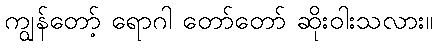
ကျွန်တော့် ရောဂါ တော်တော် ဆိုးဝါးသလား။